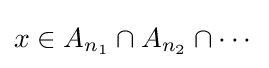
x\in A_{n_{1}}\cap A_{n_{2}}\cap \cdots